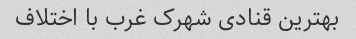
بهترین قنادی شهرک غرب با اختلاف